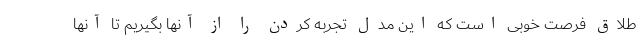
طلاق فرصت خوبی است که این مدل تجربه کردن را از آنها بگیریم تا آنها